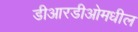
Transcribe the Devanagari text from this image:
डीआरडीओमधील